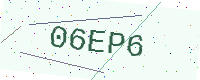
Text: 06EP6